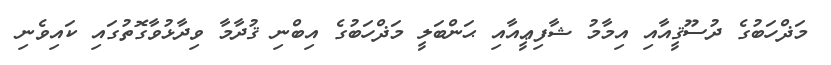
މަޛްހަބުގެ ދުސޫޤީއާއި އިމާމު ޝާފިޢީއާއި ޙަންބަލީ މަޛްހަބުގެ އިބްނި ޤުދާމާ ވިދާޅުވާގޮތުގައި ކައިވެނި